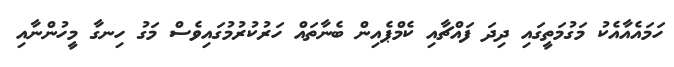
ހަމައެއާއެކު މަގުމަތީގައި ދިދަ ފައްޗާއި ކެމްޕެއިން ބެނާތައް ހަރުކުރުމުގައިވެސް މަގު ހިނގާ މީހުންނާއި